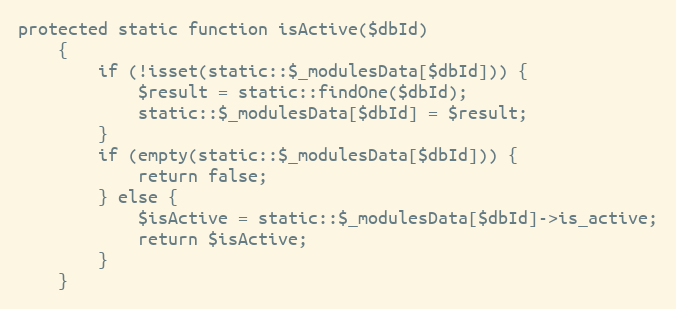
Language: PHP
protected static function isActive($dbId)
    {
        if (!isset(static::$_modulesData[$dbId])) {
            $result = static::findOne($dbId);
            static::$_modulesData[$dbId] = $result;
        }
        if (empty(static::$_modulesData[$dbId])) {
            return false;
        } else {
            $isActive = static::$_modulesData[$dbId]->is_active;
            return $isActive;
        }
    }